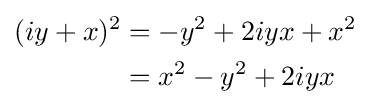
{\begin{aligned}(iy+x)^{2}&=-y^{2}+2iyx+x^{2}\\&=x^{2}-y^{2}+2iyx\end{aligned}}